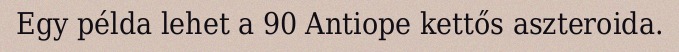
Egy példa lehet a 90 Antiope kettős aszteroida.